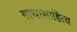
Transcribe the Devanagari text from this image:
गाथासाहित्य